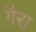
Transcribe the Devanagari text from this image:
गै़रा